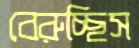
বেরুচ্ছিস